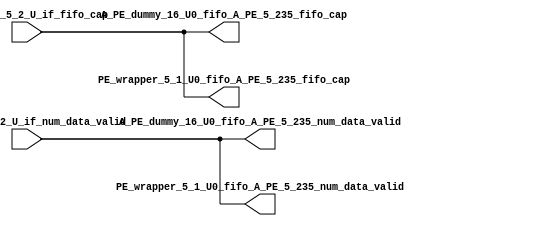
// ==================================================
// RTL generated by RapidStream
//
// Copyright 2024 RapidStream Design Automation, Inc.
// All Rights Reserved.
// ==================================================
`timescale 1 ns / 1 ps
module __rs_kernel3_aux_split_aux_33 #(
    parameter C_S_AXI_CONTROL_DATA_WIDTH  = 32,
    parameter C_S_AXI_CONTROL_ADDR_WIDTH  = 6,
    parameter C_S_AXI_DATA_WIDTH          = 32,
    parameter C_M_AXI_GMEM_A_ID_WIDTH     = 1,
    parameter C_M_AXI_GMEM_A_ADDR_WIDTH   = 64,
    parameter C_M_AXI_GMEM_A_DATA_WIDTH   = 512,
    parameter C_M_AXI_GMEM_A_AWUSER_WIDTH = 1,
    parameter C_M_AXI_GMEM_A_ARUSER_WIDTH = 1,
    parameter C_M_AXI_GMEM_A_WUSER_WIDTH  = 1,
    parameter C_M_AXI_GMEM_A_RUSER_WIDTH  = 1,
    parameter C_M_AXI_GMEM_A_BUSER_WIDTH  = 1,
    parameter C_M_AXI_GMEM_A_USER_VALUE   = 0,
    parameter C_M_AXI_GMEM_A_PROT_VALUE   = 0,
    parameter C_M_AXI_GMEM_A_CACHE_VALUE  = 3,
    parameter C_M_AXI_DATA_WIDTH          = 32,
    parameter C_M_AXI_GMEM_B_ID_WIDTH     = 1,
    parameter C_M_AXI_GMEM_B_ADDR_WIDTH   = 64,
    parameter C_M_AXI_GMEM_B_DATA_WIDTH   = 512,
    parameter C_M_AXI_GMEM_B_AWUSER_WIDTH = 1,
    parameter C_M_AXI_GMEM_B_ARUSER_WIDTH = 1,
    parameter C_M_AXI_GMEM_B_WUSER_WIDTH  = 1,
    parameter C_M_AXI_GMEM_B_RUSER_WIDTH  = 1,
    parameter C_M_AXI_GMEM_B_BUSER_WIDTH  = 1,
    parameter C_M_AXI_GMEM_B_USER_VALUE   = 0,
    parameter C_M_AXI_GMEM_B_PROT_VALUE   = 0,
    parameter C_M_AXI_GMEM_B_CACHE_VALUE  = 3,
    parameter C_M_AXI_GMEM_C_ID_WIDTH     = 1,
    parameter C_M_AXI_GMEM_C_ADDR_WIDTH   = 64,
    parameter C_M_AXI_GMEM_C_DATA_WIDTH   = 512,
    parameter C_M_AXI_GMEM_C_AWUSER_WIDTH = 1,
    parameter C_M_AXI_GMEM_C_ARUSER_WIDTH = 1,
    parameter C_M_AXI_GMEM_C_WUSER_WIDTH  = 1,
    parameter C_M_AXI_GMEM_C_RUSER_WIDTH  = 1,
    parameter C_M_AXI_GMEM_C_BUSER_WIDTH  = 1,
    parameter C_M_AXI_GMEM_C_USER_VALUE   = 0,
    parameter C_M_AXI_GMEM_C_PROT_VALUE   = 0,
    parameter C_M_AXI_GMEM_C_CACHE_VALUE  = 3,
    parameter C_S_AXI_CONTROL_WSTRB_WIDTH = 4,
    parameter C_S_AXI_WSTRB_WIDTH         = 4,
    parameter C_M_AXI_GMEM_A_WSTRB_WIDTH  = 64,
    parameter C_M_AXI_WSTRB_WIDTH         = 4,
    parameter C_M_AXI_GMEM_B_WSTRB_WIDTH  = 64,
    parameter C_M_AXI_GMEM_C_WSTRB_WIDTH  = 64
) (
    output wire [1:0] A_PE_dummy_16_U0_fifo_A_PE_5_235_fifo_cap,
    output wire [1:0] A_PE_dummy_16_U0_fifo_A_PE_5_235_num_data_valid,
    output wire [1:0] PE_wrapper_5_1_U0_fifo_A_PE_5_235_fifo_cap,
    output wire [1:0] PE_wrapper_5_1_U0_fifo_A_PE_5_235_num_data_valid,
    input wire  [1:0] fifo_A_PE_5_2_U_if_fifo_cap,
    input wire  [1:0] fifo_A_PE_5_2_U_if_num_data_valid
);
assign A_PE_dummy_16_U0_fifo_A_PE_5_235_fifo_cap = fifo_A_PE_5_2_U_if_fifo_cap;
assign A_PE_dummy_16_U0_fifo_A_PE_5_235_num_data_valid = fifo_A_PE_5_2_U_if_num_data_valid;
assign PE_wrapper_5_1_U0_fifo_A_PE_5_235_fifo_cap = fifo_A_PE_5_2_U_if_fifo_cap;
assign PE_wrapper_5_1_U0_fifo_A_PE_5_235_num_data_valid = fifo_A_PE_5_2_U_if_num_data_valid;
endmodule